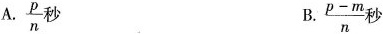
A. \frac{p}{n} 秒 B. $$\frac { p - m } { n }$$秒